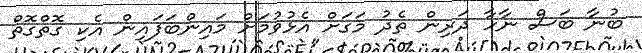
ބުނާ ބަސް ނާހާ ދަރިން ތެދު މަގަށް އެޅުވުމަށް މައިންބަފައިން އެކި ގޮތްގޮތް